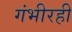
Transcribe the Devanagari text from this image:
गंभीरही